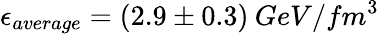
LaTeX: \epsilon_{average}=(2.9\pm 0.3)\: GeV/fm^{3}